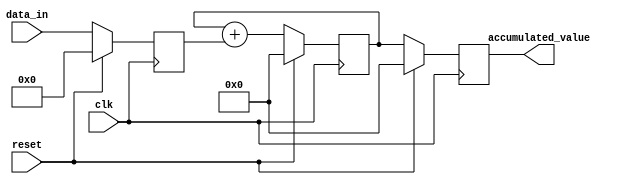
module parallel_accumulator (
    input clk,
    input reset,
    input [7:0] data_in,
    output reg [15:0] accumulated_value
);

reg [7:0] data_reg;
reg [15:0] intermediate_result;

always @(posedge clk) begin
    if (reset) begin
        accumulated_value <= 16'd0;
        data_reg <= 8'd0;
        intermediate_result <= 16'd0;
    end else begin
        data_reg <= data_in;
        intermediate_result <= intermediate_result + data_reg;
        accumulated_value <= intermediate_result;
    end
end

endmodule